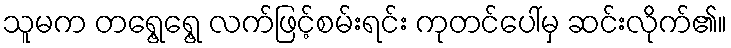
သူမက တရွေ့ရွေ့ လက်ဖြင့်စမ်းရင်း ကုတင်ပေါ်မှ ဆင်းလိုက်၏။